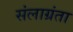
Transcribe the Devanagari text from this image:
संलाग्रंता